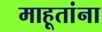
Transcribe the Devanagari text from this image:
माहूतांना